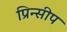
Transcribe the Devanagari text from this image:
प्रिन्सीप